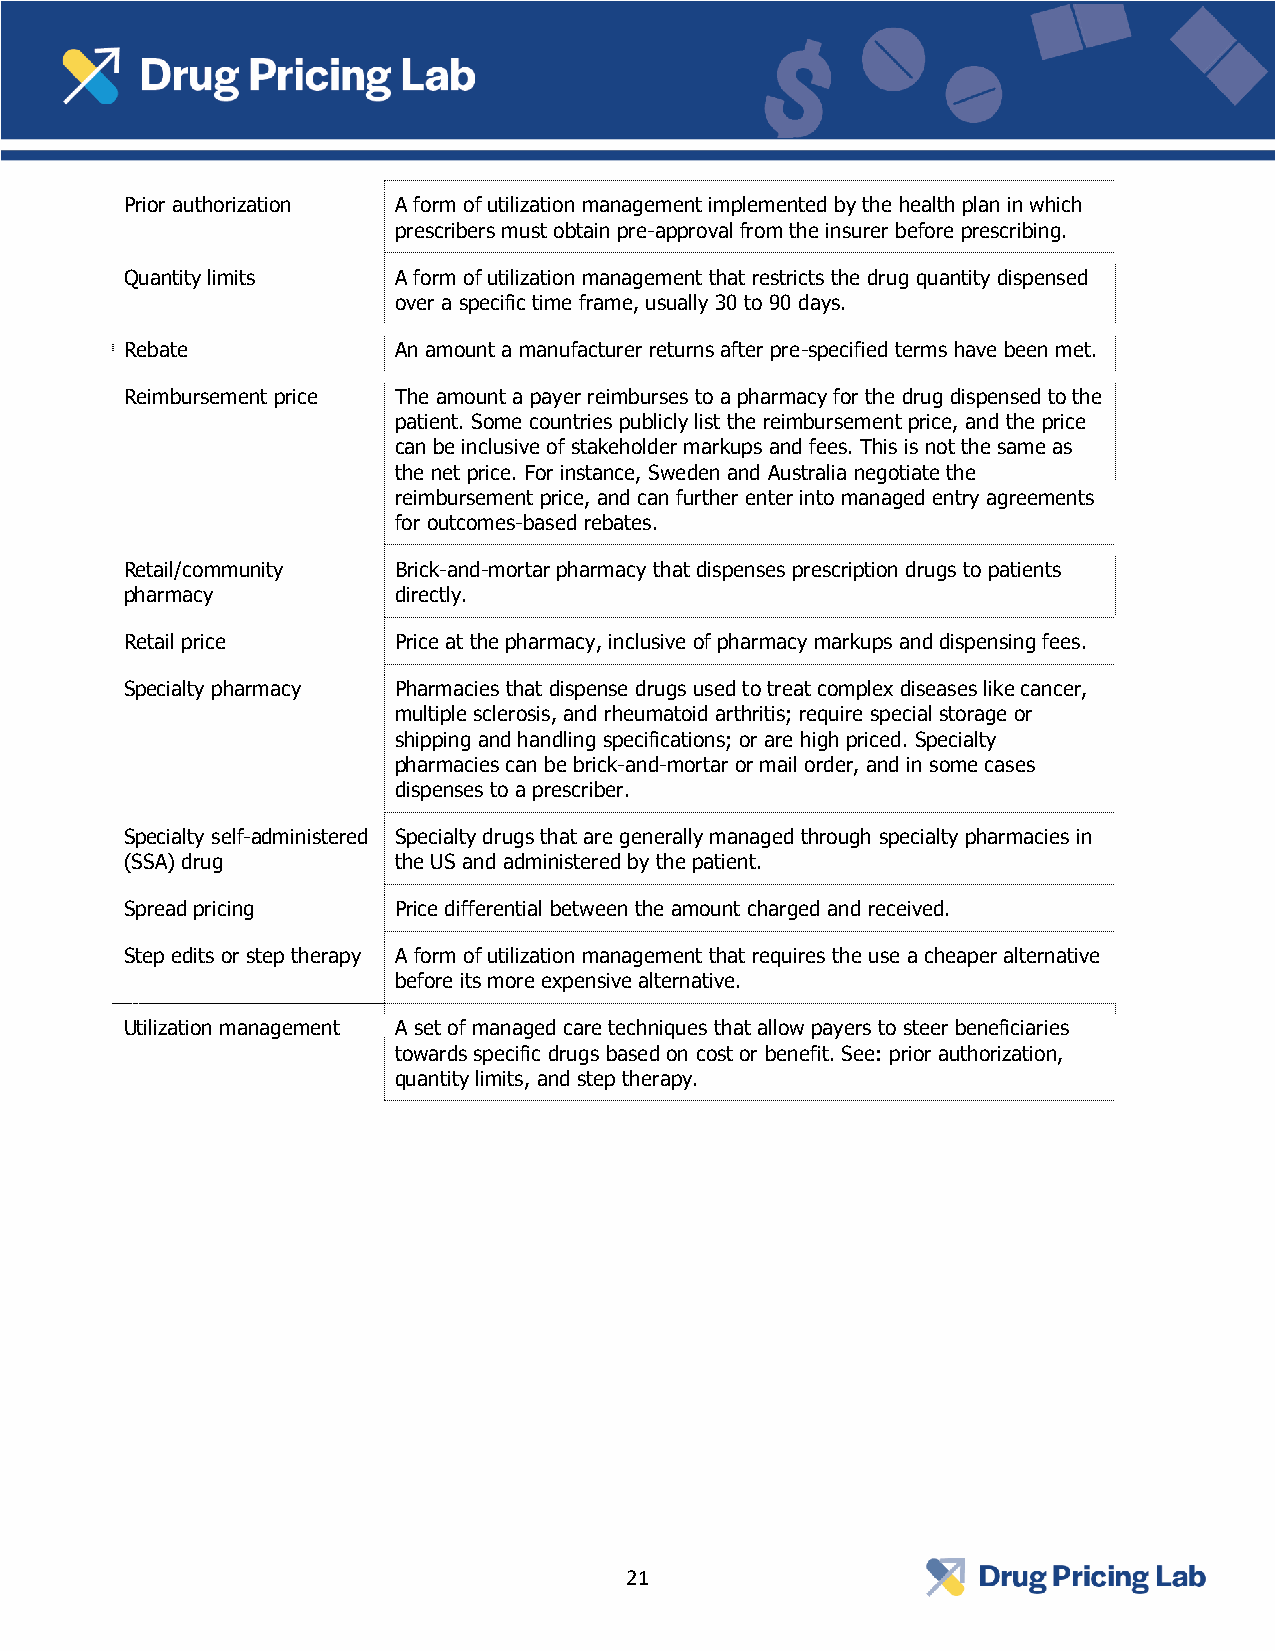
Prior authorization A form of utilization management implemented by the health plan in which
 prescribers must obtain pre-approval from the insurer before prescribing.
 Quantity limits   A form of utilization management that restricts the drug quantity dispensed
 over a specific time frame, usually 30 to 90 days.
 Rebate            An amount a manufacturer returns after pre-specified terms have been met.
 Reimbursement price The amount a payer reimburses to a pharmacy for the drug dispensed to the
 patient. Some countries publicly list the reimbursement price, and the price
 can be inclusive of stakeholder markups and fees. This is not the same as
 the net price. For instance, Sweden and Australia negotiate the
 reimbursement price, and can further enter into managed entry agreements
 for outcomes-based rebates.
 Retail/community  Brick-and-mortar pharmacy that dispenses prescription drugs to patients
 pharmacy          directly.
 Retail price      Price at the pharmacy, inclusive of pharmacy markups and dispensing fees.
 Specialty pharmacy Pharmacies that dispense drugs used to treat complex diseases like cancer,
 multiple sclerosis, and rheumatoid arthritis; require special storage or
 shipping and handling specifications; or are high priced. Specialty
 pharmacies can be brick-and-mortar or mail order, and in some cases
 dispenses to a prescriber.
 Specialty self-administered Specialty drugs that are generally managed through specialty pharmacies in
 (SSA) drug        the US and administered by the patient.
 Spread pricing    Price differential between the amount charged and received.
 Step edits or step therapy A form of utilization management that requires the use a cheaper alternative
 before its more expensive alternative.
 Utilization management A set of managed care techniques that allow payers to steer beneficiaries
 towards specific drugs based on cost or benefit. See: prior authorization,
 quantity limits, and step therapy.
 21